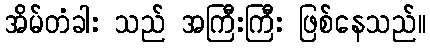
အိမ်တံခါး သည် အကြီးကြီး ဖြစ်နေသည်။